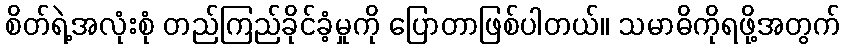
စိတ်ရဲ့အလုံးစုံ တည်ကြည်ခိုင်ခံ့မှုကို ပြောတာဖြစ်ပါတယ်။ သမာဓိကိုရဖို့အတွက်